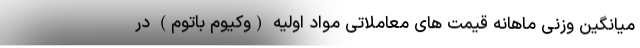
میانگین وزنی ماهانه قیمت های معاملاتی مواد اولیه (وکیوم باتوم) در